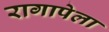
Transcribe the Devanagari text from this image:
रागापेला